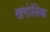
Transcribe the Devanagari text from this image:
खगोलिक